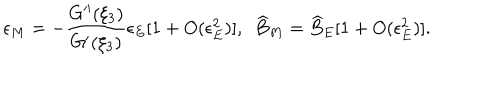
\epsilon _ { M } = - \frac { G ^ { \prime \prime } ( \xi _ { 3 } ) } { G ^ { \prime } ( \xi _ { 3 } ) } \epsilon _ { E } [ 1 + O ( \epsilon _ { E } ^ { 2 } ) ] , \ \ \widehat { B } _ { M } = \widehat { B } _ { E } [ 1 + O ( \epsilon _ { E } ^ { 2 } ) ] .